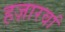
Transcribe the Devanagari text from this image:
हज़ारवां